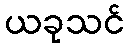
ယခုသင်